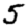
Digit: 5